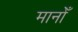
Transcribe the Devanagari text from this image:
मानोँ